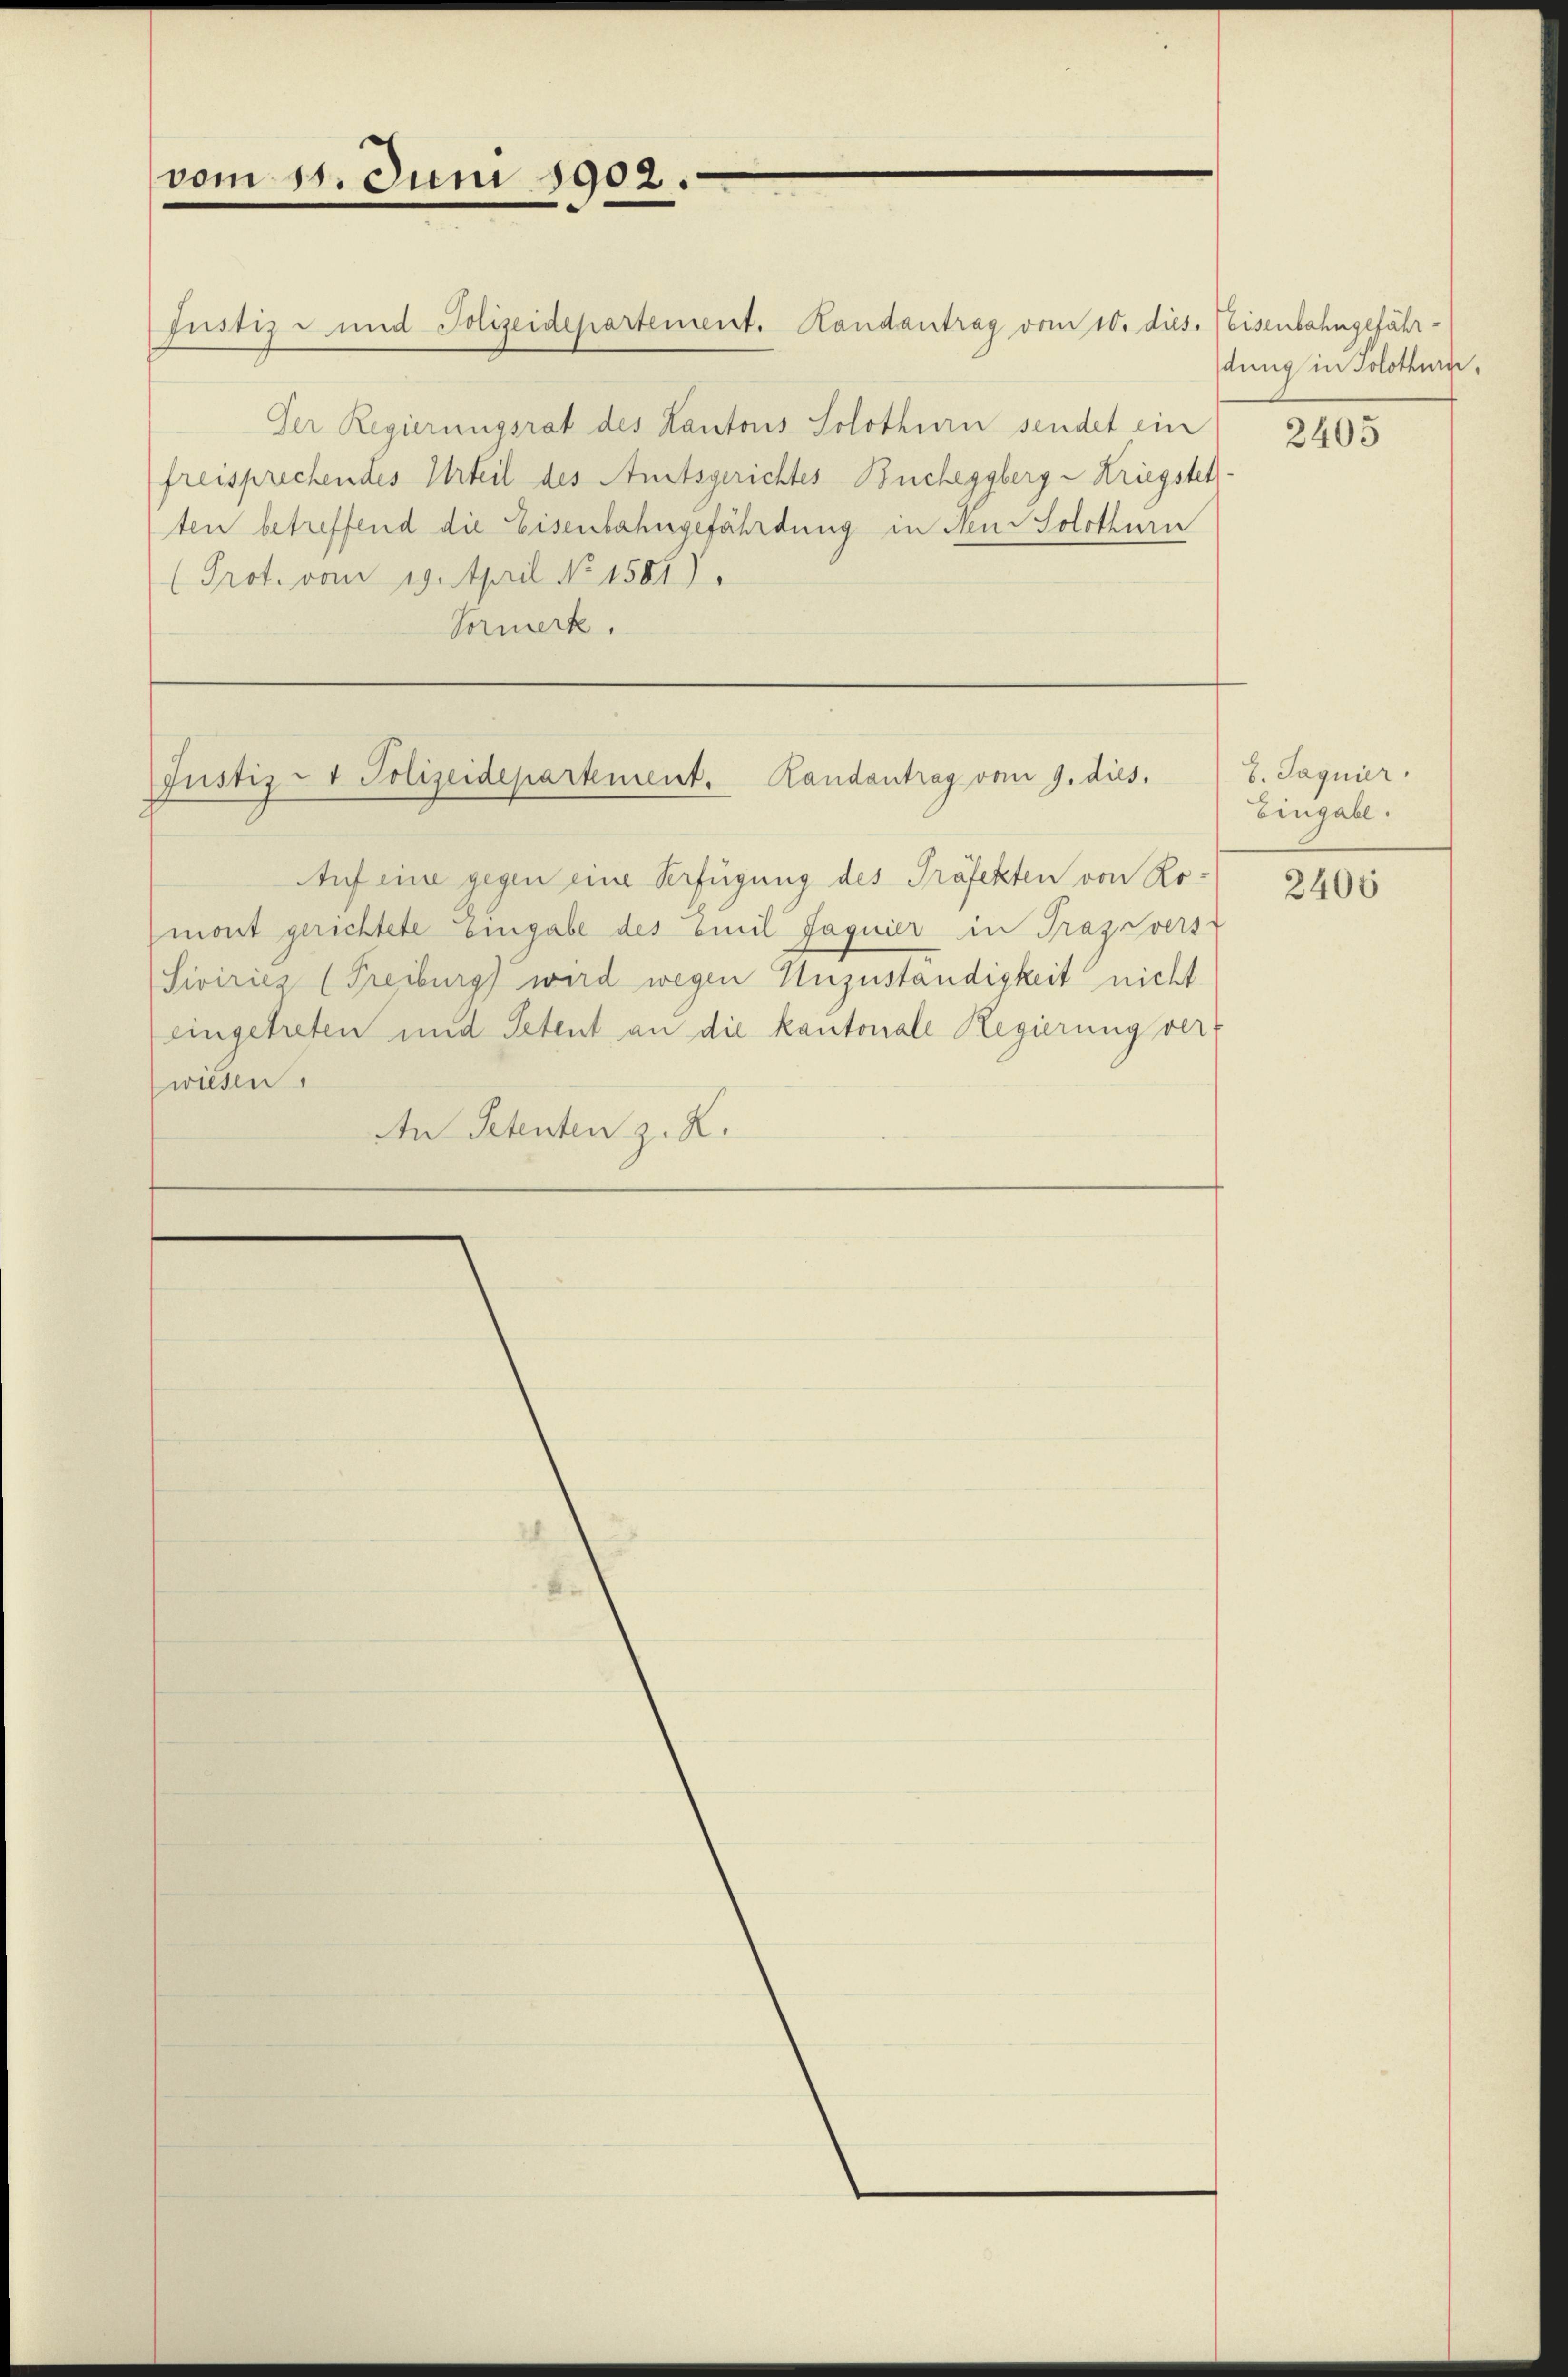
Justiz- und Polizeidepartement. Handantrag vom 10. dies. Weisenbahngefähr¬
Der Regierungsrat des Kantons Solothurn sendet ein
freisprechendes Urteil des Amtsgerichtes Bucheggberg-Kriegstelten betreffend die Eisenbahngefährdung in Nen: Solothurn
Prot. vom 19. April No 1581).
Vormerk.

vom 15. Juni 1902

Justiz- & Polizeidepartement. Randantrag vom 9. dies.

Auf eine gegen eine Verfügung des Präfekten von Romont gerichtete Eingabe des Emil Jaguier in Fragsvers
Siviricz (Freiburg wird wegen Unzuständigkeit nicht
eingetreten und Petent an die kantonale Regierung ver-
wiesen.
An Petenten z. R.

dung in Solothurn,

2405

8. Jagnier.
Eingabe.

2406